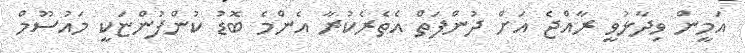
އަމީން ވިދާޅުވީ ރާއްޖެ އަށް ދުންފަތް އެތެރެކުރާ އެންމެ ބޮޑު ކުންފުންޏަކީ މައުސޫމް